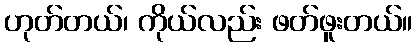
ဟုတ်တယ်၊ ကိုယ်လည်း ဖတ်ဖူးတယ်။